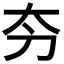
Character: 𫥲